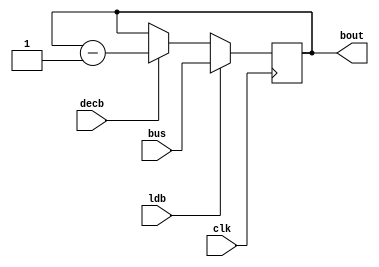
`timescale 1ns / 1ps
//////////////////////////////////////////////////////////////////////////////////
// Company: 
// Engineer: 
// 
// Design Name: 
// Module Name: count
// Project Name: 
// Target Devices: 
// Tool Versions: 
// Description: 
// 
// Dependencies: 
// 
// Revision:
// Revision 0.01 - File Created
// Additional Comments:
// 
//////////////////////////////////////////////////////////////////////////////////


module count(bout,bus,ldb,clk,decb);
input [31:0]bus;
input ldb,clk,decb;
output reg[31:0] bout;
always @(posedge clk)
begin
if(ldb)
 bout <=bus;
else if(decb)
 bout <= bout - 1'd1;;
end
endmodule